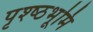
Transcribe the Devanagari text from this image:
पृश्ष्‍ठभूमि